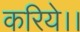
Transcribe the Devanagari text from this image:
करिये।।